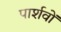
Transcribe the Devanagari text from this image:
पार्शवों